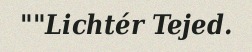
""Lichtér Tejed.